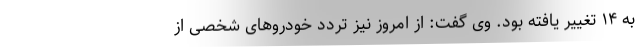
به ۱۴ تغییر یافته بود. وی گفت: از امروز نیز تردد خودرو‌های شخصی از